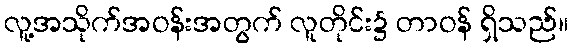
လူ့အသိုက်အဝန်းအတွက် လူတိုင်း၌ တာဝန် ရှိသည်။